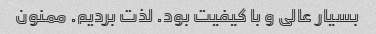
بسیار عالی و با کیفیت بود. لذت بردیم. ممنون